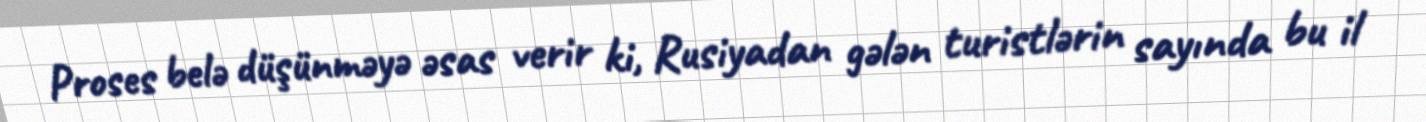
Proses belə düşünməyə əsas verir ki, Rusiyadan gələn turistlərin sayında bu il